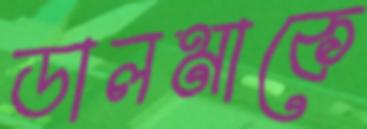
ডালমাকে